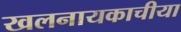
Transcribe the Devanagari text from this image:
खलनायकाचीया